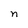
Character: n